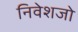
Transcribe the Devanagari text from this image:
निवेशजो